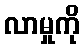
လာမှုကို